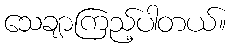
သေချာကြည့်ပါတယ်။